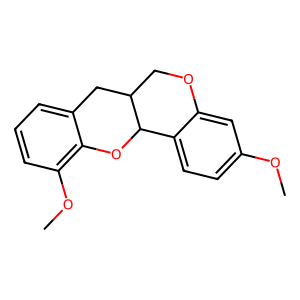
SMILES: COc1ccc2c(c1)OCC1Cc3cccc(OC)c3OC21
Inhibits HIV replication: No